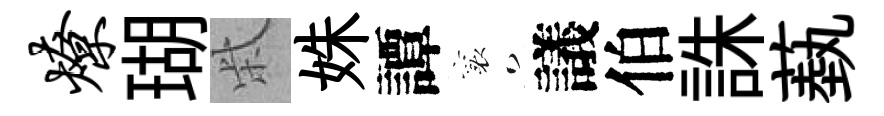
燎瑚柴姝譚襄議伯誅蓺